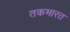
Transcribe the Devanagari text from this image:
तकभारत